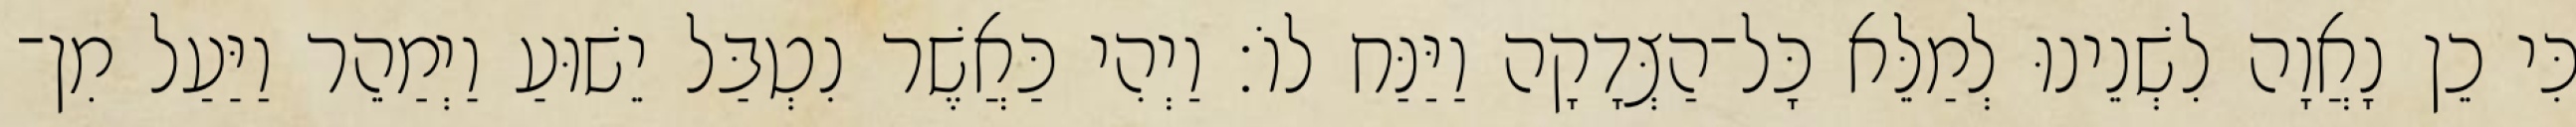
כִּי כֵן נָאֲוָה לִשְׁנֵינוּ לְמַלֵּא כָּל־הַצְּדָקָה וַיַּנַּח לוֹ׃ וַיְהִי כַּאֲשֶׁר נִטְבַּל יֵשׁוּעַ וַיְמַהֵר וַיַּעַל מִן־